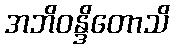
အဘိဝန္ဒိတောသိ